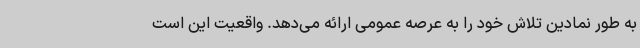
به طور نمادین تلاش خود را به عرصه عمومی ارائه می‌دهد. واقعیت این است